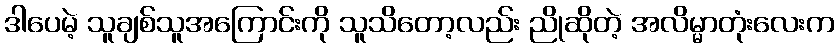
ဒါပေမဲ့ သူချစ်သူအကြောင်းကို သူသိတော့လည်း ညိုဆိုတဲ့ အလိမ္မာတုံးလေးက